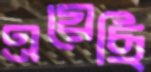
এয়েছি